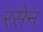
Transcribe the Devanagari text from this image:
रसेन